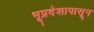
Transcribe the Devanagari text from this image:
भूप्रदेशापासून